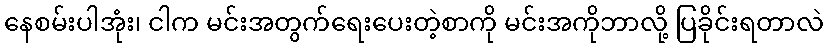
နေစမ်းပါအုံး၊ ငါက မင်းအတွက်ရေးပေးတဲ့စာကို မင်းအကိုဘာလို့ ပြခိုင်းရတာလဲ